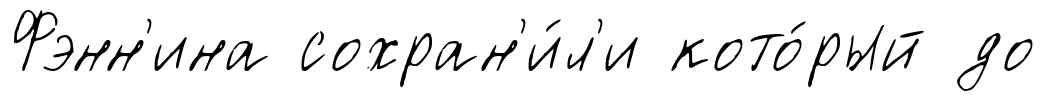
Фэнн'ина сохран'и́л'и кото́рый до